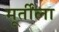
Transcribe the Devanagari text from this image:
मूर्तींला